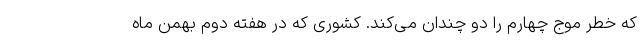
که خطر موج چهارم را دو چندان می‌کند. کشوری که در هفته دوم بهمن ماه